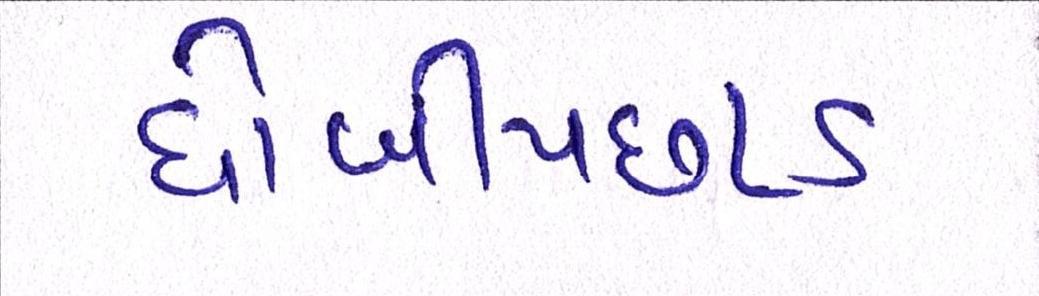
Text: ધોબીપછાડ